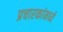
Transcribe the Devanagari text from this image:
प्रचारकांमध्ये